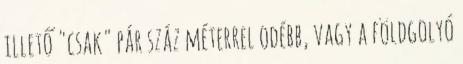
illető "csak" pár száz méterrel odébb, vagy a földgolyó